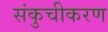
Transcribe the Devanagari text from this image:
संकुचीकरण